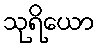
သုရိယော